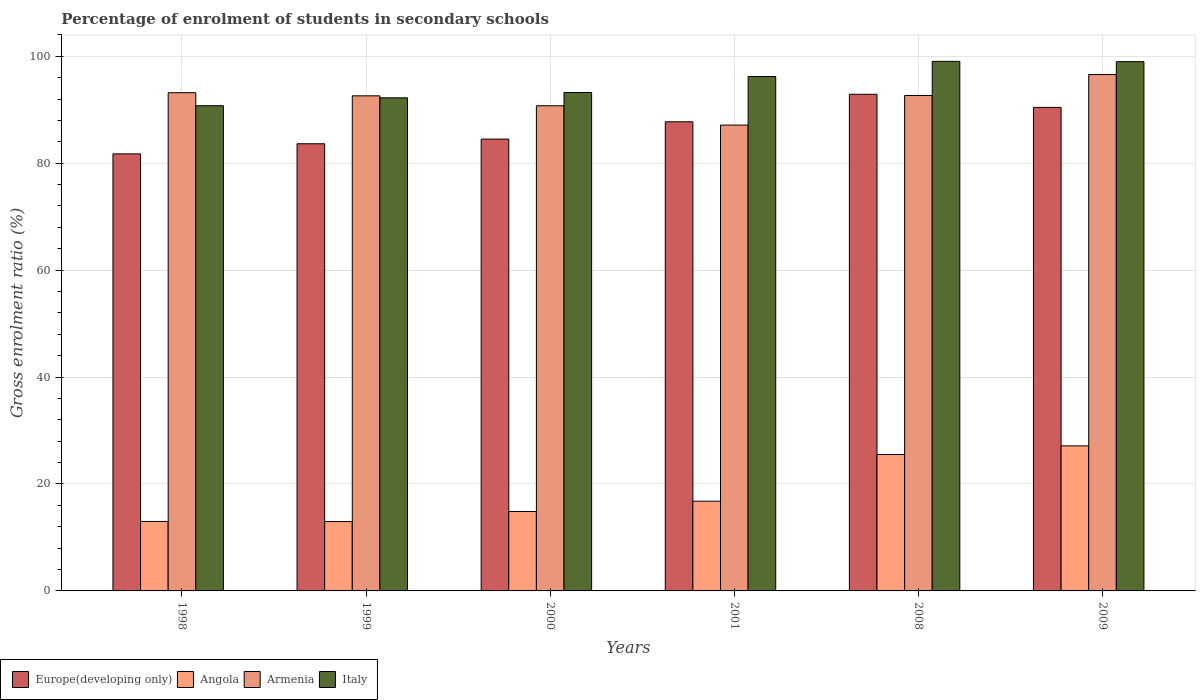
| Years | Europe(developing only) | Angola | Armenia | Italy |
 | --- | --- | --- | --- | --- |
 | 1998 | 81.7 | 13 | 93.2 | 90.8 |
 | 1999 | 83.6 | 13 | 92.6 | 92.2 |
 | 2000 | 84.5 | 14.9 | 90.7 | 93.2 |
 | 2001 | 87.8 | 16.8 | 87.1 | 96.2 |
 | 2008 | 92.9 | 25.5 | 92.7 | 99.1 |
 | 2009 | 90.4 | 27.1 | 96.6 | 99 |